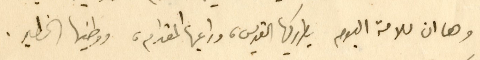
وها ان للامة اليوم بطريركها القديس، وراعيها المقدام، ووطنيها الخطير.